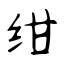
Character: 绀